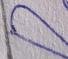
Signature authenticity: forged